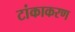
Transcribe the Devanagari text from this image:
टांकाकरण